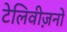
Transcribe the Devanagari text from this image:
टेलिवीज़नों